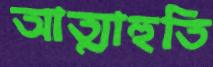
আত্মাহুতি